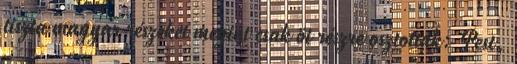
tiszta magyar részeket megint csak öt részre osztották: Pest,